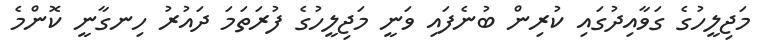
މަޖިލީހުގެ ގަވާއިދުގައި ކުރިން ބުނެފައި ވަނީ މަޖިލީހުގެ ފުރަތަމަ ދައުރު ހިނގާނީ ކޮންމެ